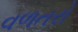
વળતરો